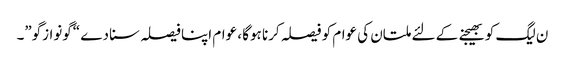
ن لیگ کو بھیجنے کے لئے ملتان کی عوام کو فیصلہ کرنا ہوگا ، عوام اپنا فیصلہ سنا دے “گونوازگو”۔